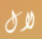
لال